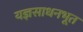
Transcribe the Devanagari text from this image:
यज्ञसाधनभूत